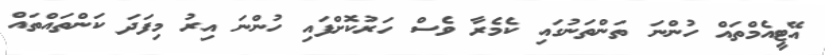
އޭޓީއެމްތައް ހުންނަ ތަންތަނުގައި ކެމެރާ ވެސް ހަރުކޮށްފައި ހުންނަ އިރު މިފަދަ ކަންތައްތައް